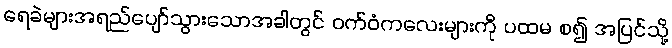
ရေခဲများအရည်ပျော်သွားသောအခါတွင် ဝက်ဝံကလေးများကို ပထမ စ၍ အပြင်သို့